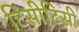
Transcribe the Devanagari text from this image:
टिसीटिसी